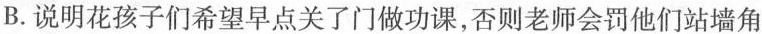
B.说明花孩子们希望早点关了门做功课，否则老师会罚他们站墙角